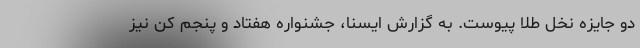
دو جایزه نخل طلا پیوست. به گزارش ایسنا، جشنواره هفتاد و پنجم کن نیز